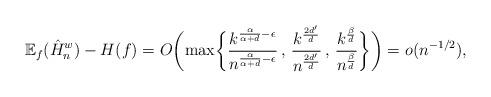
LaTeX: \begin{align*}\mathbb{E}_f(\hat{H}_n^{w})-H(f)= O \biggl( \max \biggl\{ \frac{k^{\frac{\alpha}{\alpha+d} - \epsilon}}{n^{\frac{\alpha}{\alpha+d} - \epsilon}}\, , \, \frac{k^{\frac{2d'}{d}}}{n^{\frac{2d'}{d}}}\, , \, \frac{k^\frac{\beta}{d}}{n^\frac{\beta}{d}} \biggr\} \biggr) = o(n^{-1/2}),\end{align*}